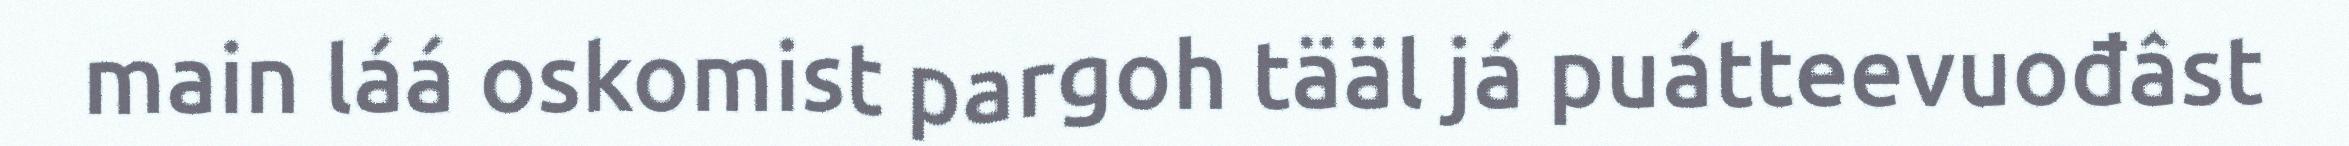
main láá oskomist pargoh tääl já puátteevuođâst